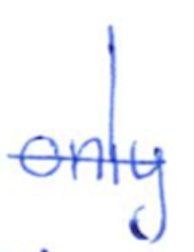
Text: only
Cross-out: single-line
Writing tool: ballpoint